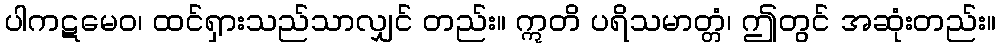
ပါကဋမေဝ၊ ထင်ရှားသည်သာလျှင် တည်း။ ဣတိ ပရိသမာတ္တံ၊ ဤတွင် အဆုံးတည်း။